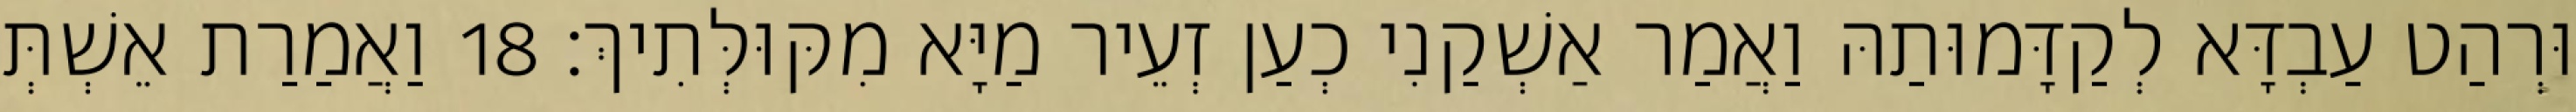
וּרְהַט עַבְדָּא לְקַדָּמוּתַהּ וַאֲמַר אַשְׁקַנִי כְעַן זְעֵיר מַיָּא מִקּוּלְּתִיךְ׃ 18 וַאֲמַרַת אֵשְׁתְּ